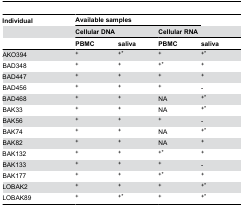
<table><thead><tr><td><b>Individual</b></td><td colspan="3"><b>Available samples</b></td><td></td></tr><tr><td></td><td colspan="2"><b>Cellular DNA</b></td><td colspan="2"><b>Cellular RNA</b></td></tr><tr><td></td><td><b>PBMC</b></td><td><b>saliva</b></td><td><b>PBMC</b></td><td><b>saliva</b></td></tr></thead><tbody><tr><td>AKO394</td><td>+</td><td>+*</td><td>+</td><td>+*</td></tr><tr><td>BAD348</td><td>+</td><td>+</td><td>+*</td><td>+</td></tr><tr><td>BAD447</td><td>+</td><td>+</td><td>+</td><td>+</td></tr><tr><td>BAD456</td><td>+</td><td>+</td><td>+</td><td>-</td></tr><tr><td>BAD468</td><td>+</td><td>+</td><td>NA</td><td>+*</td></tr><tr><td>BAK33</td><td>+</td><td>+</td><td>NA</td><td>+*</td></tr><tr><td>BAK56</td><td>+</td><td>+</td><td>+</td><td>-</td></tr><tr><td>BAK74</td><td>+</td><td>+</td><td>NA</td><td>+*</td></tr><tr><td>BAK82</td><td>+</td><td>+</td><td>NA</td><td>+</td></tr><tr><td>BAK132</td><td>+</td><td>+</td><td>+*</td><td>+</td></tr><tr><td>BAK133</td><td>+</td><td>+</td><td>+</td><td>-</td></tr><tr><td>BAK177</td><td>+</td><td>+</td><td>+*</td><td>+</td></tr><tr><td>LOBAK2</td><td>+</td><td>+</td><td>+</td><td>+*</td></tr><tr><td>LOBAK89</td><td>+</td><td>+*</td><td>+</td><td>+*</td></tr></tbody></table>